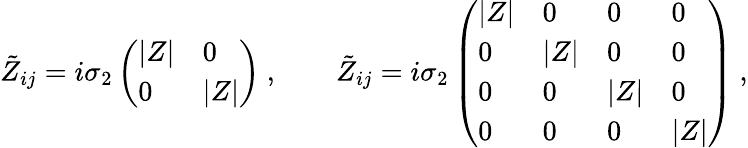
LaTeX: \tilde{Z}_{ij}=i\sigma_{2}\left(\begin{array}{ll}{{|Z|}}&{{0}}\\ {{0}}&{{|Z|}}\end{array}\right)\ ,\qquad\tilde{Z}_{ij}=i\sigma_{2}\left(\begin{array}{llll}{{|Z|}}&{{0}}&{{0}}&{{0}}\\ {{0}}&{{|Z|}}&{{0}}&{{0}}\\ {{0}}&{{0}}&{{|Z|}}&{{0}}\\ {{0}}&{{0}}&{{0}}&{{|Z|}}\end{array}\right)\ ,